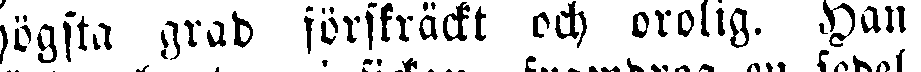
högsta grad förskräckt och orolig. Han